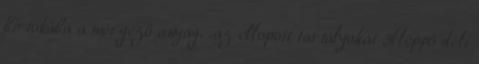
birtokába a mérgező anyag. „az ellopott tartályokat Aleppó déli